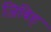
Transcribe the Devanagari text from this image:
ज़िबिह